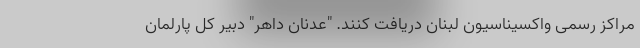
مراکز رسمی واکسیناسیون لبنان دریافت کنند. "عدنان داهر" دبیر کل پارلمان